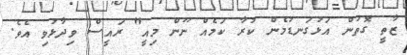
ޒާތީ ގޮތުން އަޅުގަނޑުމެން ކުރާ ކަމެއް ނޫން މިއީ" ރައީސް ވިދާޅުވި އެވެ.